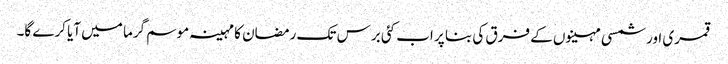
قمری اور شمسی مہینوں کے فرق کی بنا پر اب کئی برس تک رمضان کا مہینہ موسم گرما میں آیا کرے گا۔